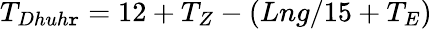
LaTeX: T_{Dhuh\mathtt{r}}=12+T_{Z}-(Lng/15+T_{E})